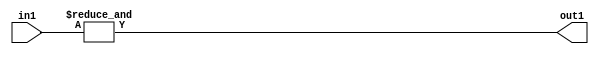
`timescale 1ps / 1ps
/*****************************************************************************
    Verilog RTL Description
    
    
    Created by: Stratus DpOpt 2019.1.01 
*******************************************************************************/

module st_weight_addr_gen_AndReduction_2S_1U_4_2 (
	in1,
	out1
	); /* architecture "behavioural" */ 
input [1:0] in1;
output  out1;
wire  asc001;

assign asc001 = 
	(&in1);

assign out1 = asc001;
endmodule

/* CADENCE  urfwTQk= : u9/ySgnWtBlWxVPRXgAZ4Og= ** DO NOT EDIT THIS LINE ******/